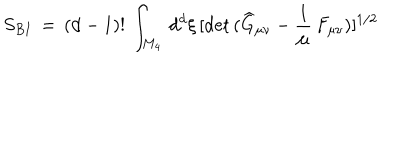
S _ { B I } \, = \, ( d - 1 ) ! \, \int _ { M _ { 4 } } \, d ^ { d } \xi \, [ \mathrm { d e t } \, ( \widehat { G } _ { \mu \nu } - \frac { 1 } { \mu } \, F _ { \mu \nu } ) ] ^ { 1 / 2 }